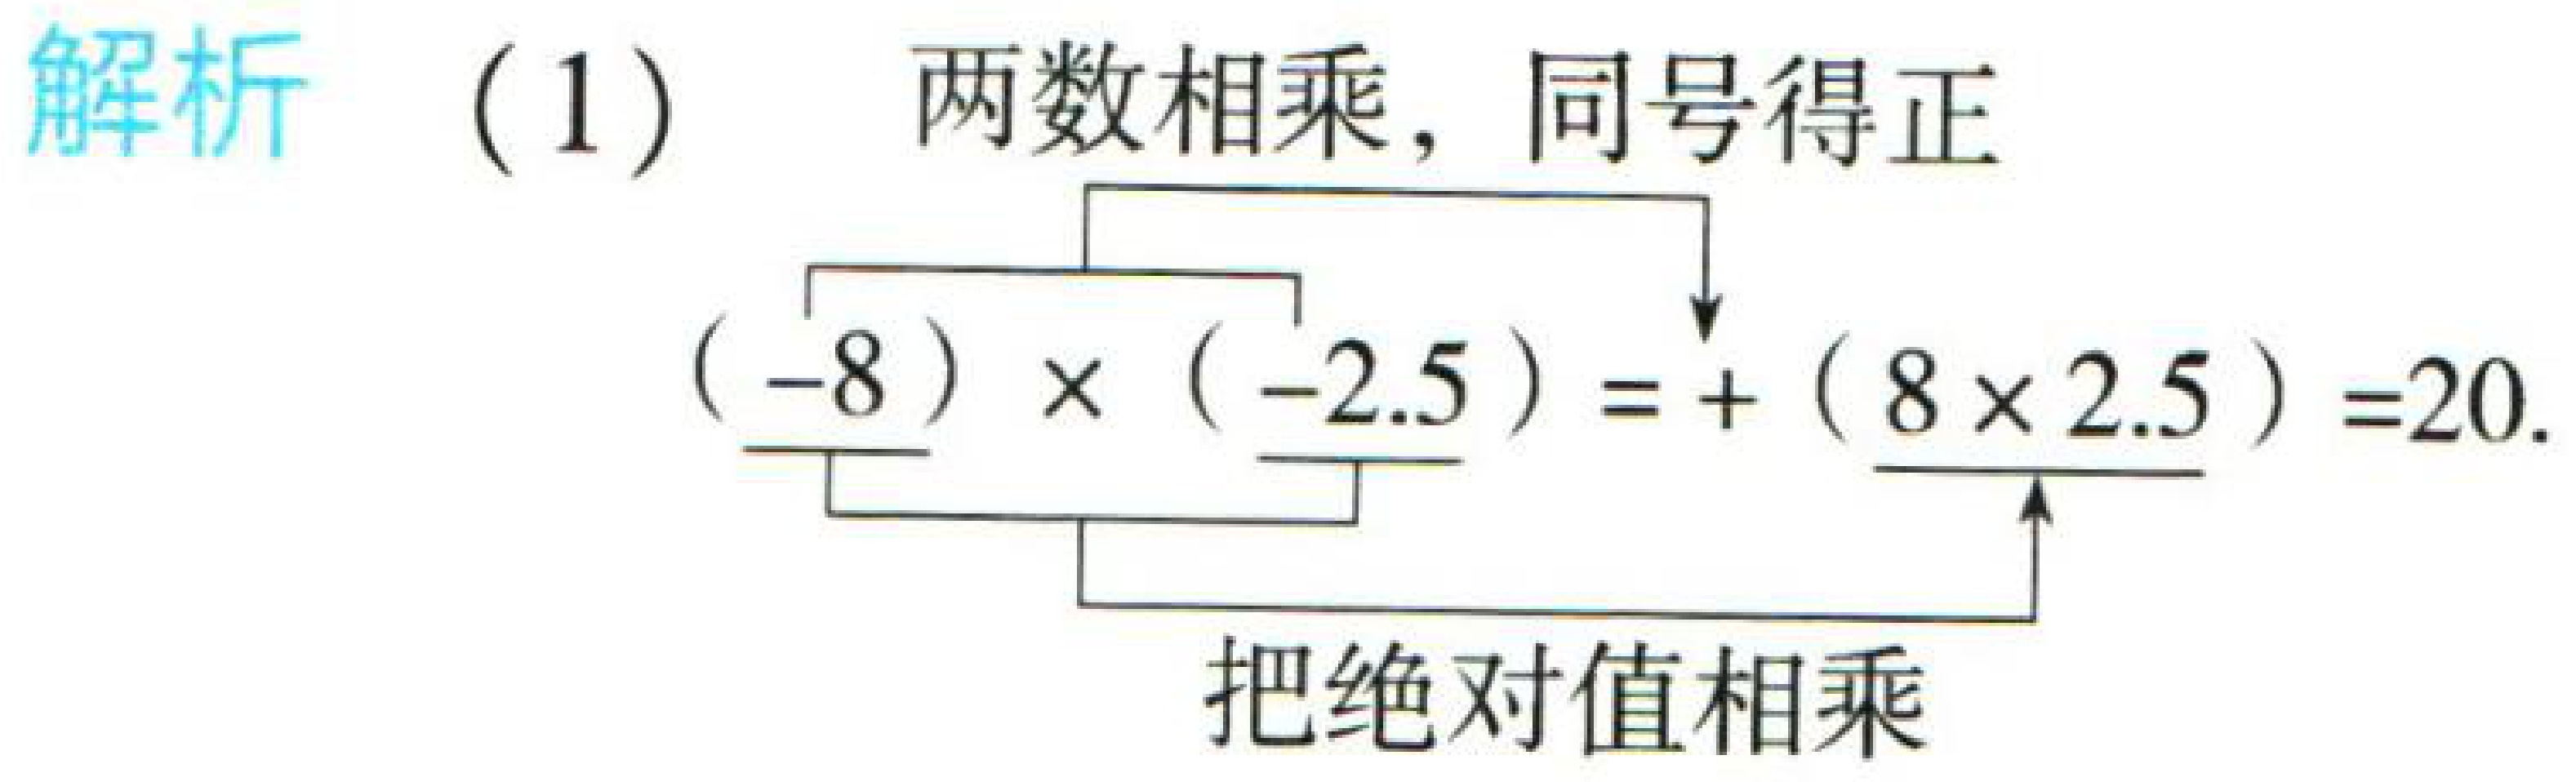
解析（1）两数相乘，同号得正
\((-8)\times(-2.5)=+(8\times2.5)=20\).
把绝对值相乘